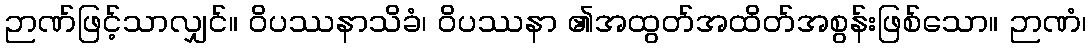
ဉာဏ်ဖြင့်သာလျှင်။ ဝိပဿနာသိခံ၊ ဝိပဿနာ ၏အထွတ်အထိတ်အစွန်းဖြစ်သော။ ဉာဏံ၊